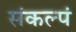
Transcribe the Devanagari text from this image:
संकल्पं